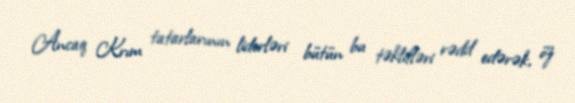
Ancaq Krım tatarlarının liderləri bütün bu təklifləri rədd edərək, öz